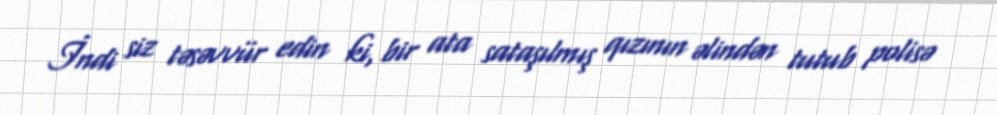
İndi siz təsəvvür edin ki, bir ata sataşılmış qızının əlindən tutub polisə